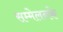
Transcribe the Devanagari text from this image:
सम्मेलनके